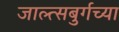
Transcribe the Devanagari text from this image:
जाल्त्सबुर्गच्या